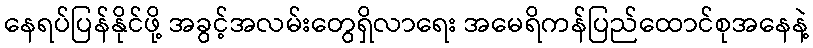
နေရပ်ပြန်နိုင်ဖို့ အခွင့်အလမ်းတွေရှိလာရေး အမေရိကန်ပြည်ထောင်စုအနေနဲ့